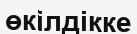
өкілдікке